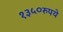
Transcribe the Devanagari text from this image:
१३५०रुपये